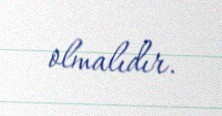
olmalıdır.